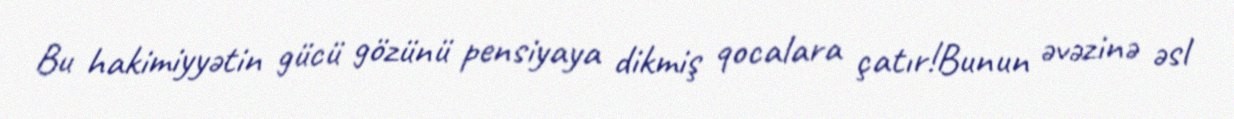
Bu hakimiyyətin gücü gözünü pensiyaya dikmiş qocalara çatır!Bunun əvəzinə əsl